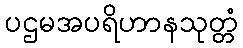
ပဌမအပရိဟာနသုတ္တံ